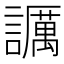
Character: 𧭡